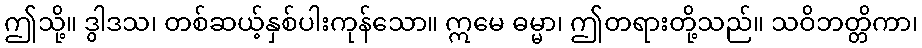
ဤသို့။ ဒွါဒသ၊ တစ်ဆယ့်နှစ်ပါးကုန်သော။ ဣမေ ဓမ္မာ၊ ဤတရားတို့သည်။ သဝိဘတ္တိကာ၊